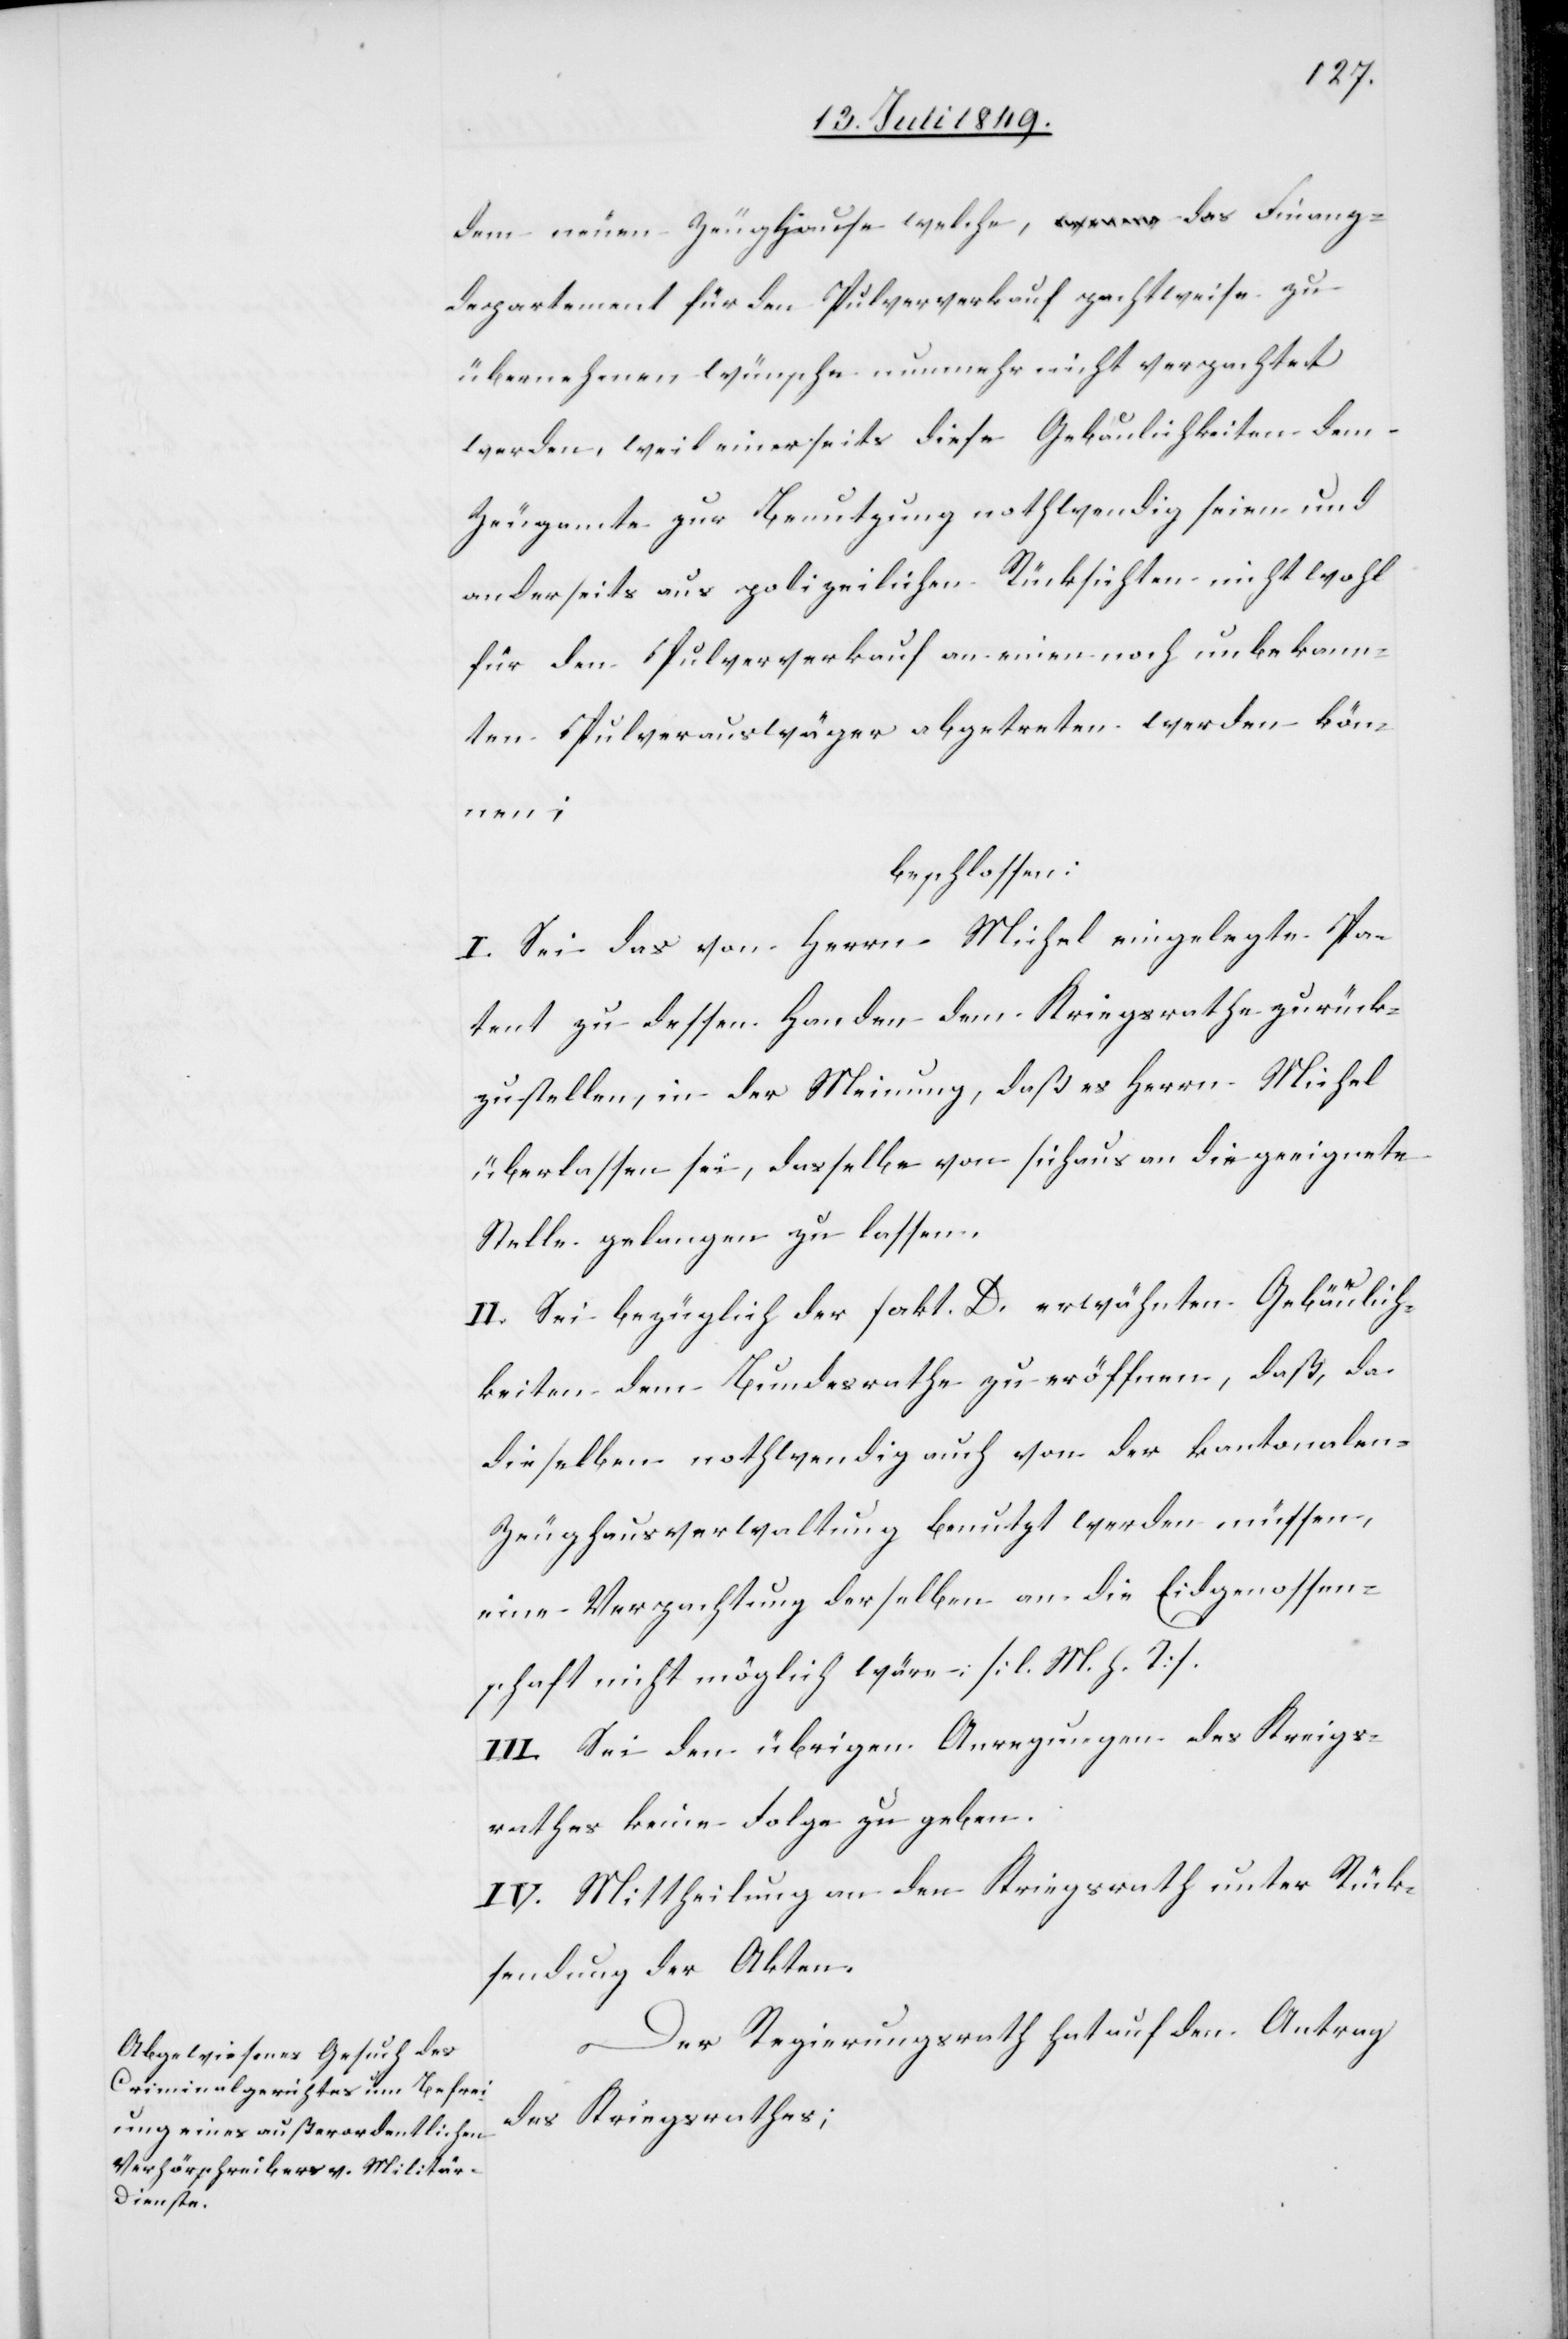
dem neuen Zeughause welche, das Finanz¬
departement für den Pulververkauf pachtweise zu
übernehmen wünsche nunmehr nicht verpachtet
werden, weil einerseits diese Gebaulichkeiten dem
Zeugamte zur Benutzung nothwendig seien und
anderseits aus polizeilichen Rücksichten nicht wohl
für den Pulververkauf an einen noch unbekann¬
ten Pulverauswäger abgetreten werden kön¬
nen;
beschlossen:
I. Sei das von Herrn Michel eingelegte Pa¬
tent zu dessen Handen dem Kriegsrathe zurück¬
zustellen, in der Meinung, daß es Herrn Michel
überlassen sei, dasselbe von sich aus an die geeignete
Stelle gelangen zu lassen,
II. Sei bezüglich der sakt. D. erwähnten Gebäulich¬
keiten dem Bundesrathe zu eröffnen, daß, da
dieselben nothwendig auch von der kantonalen
Zeughausverwaltung benutzt werden müssen,
eine Verpachtung derselben an die Eidgenossen¬
schaft nicht möglich wäre: [l. M. h. T].
III. Sei den übrigen Anregungen des Kriegs¬
rathes keine Folge zu geben.
IV. Mittheilung an den Kriegsrath unter Rück¬
sendung der Akten.
Der Regierungsrath hat auf den Antrag
des Kriegsrathes;